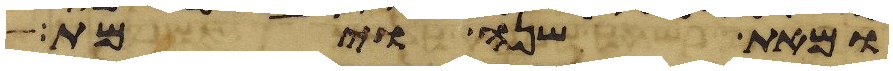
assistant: ומאת שנה וימת